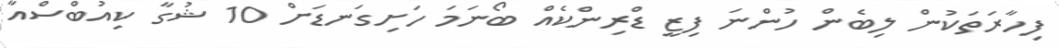
ފިހާރަތަކުން ލިބެން ހުންނަ ފިޒީ ޑްރިންކެއް ބޯނަމަ ހަށިގަނޑަށް 10 ޝުގާ ކިއުބްސްއާ